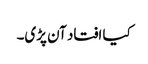
کیا افتاد آن پڑی۔